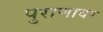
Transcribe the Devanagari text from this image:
पुराणावर